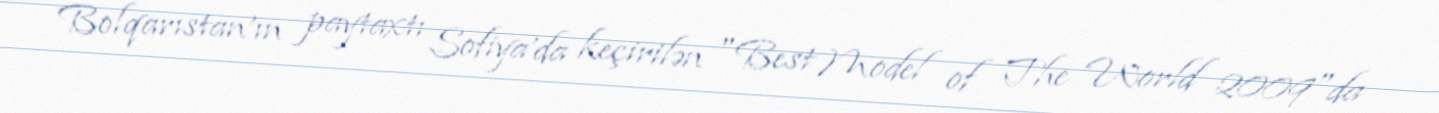
Bolqarıstan'ın paytaxtı Sofiya'da keçirilən "Best Model of The World 2009"da